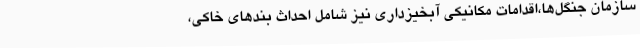
سازمان جنگل‌ها،اقدامات مکانیکی آبخیزداری نیز شامل احداث بندهای خاکی،